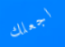
اجعلك